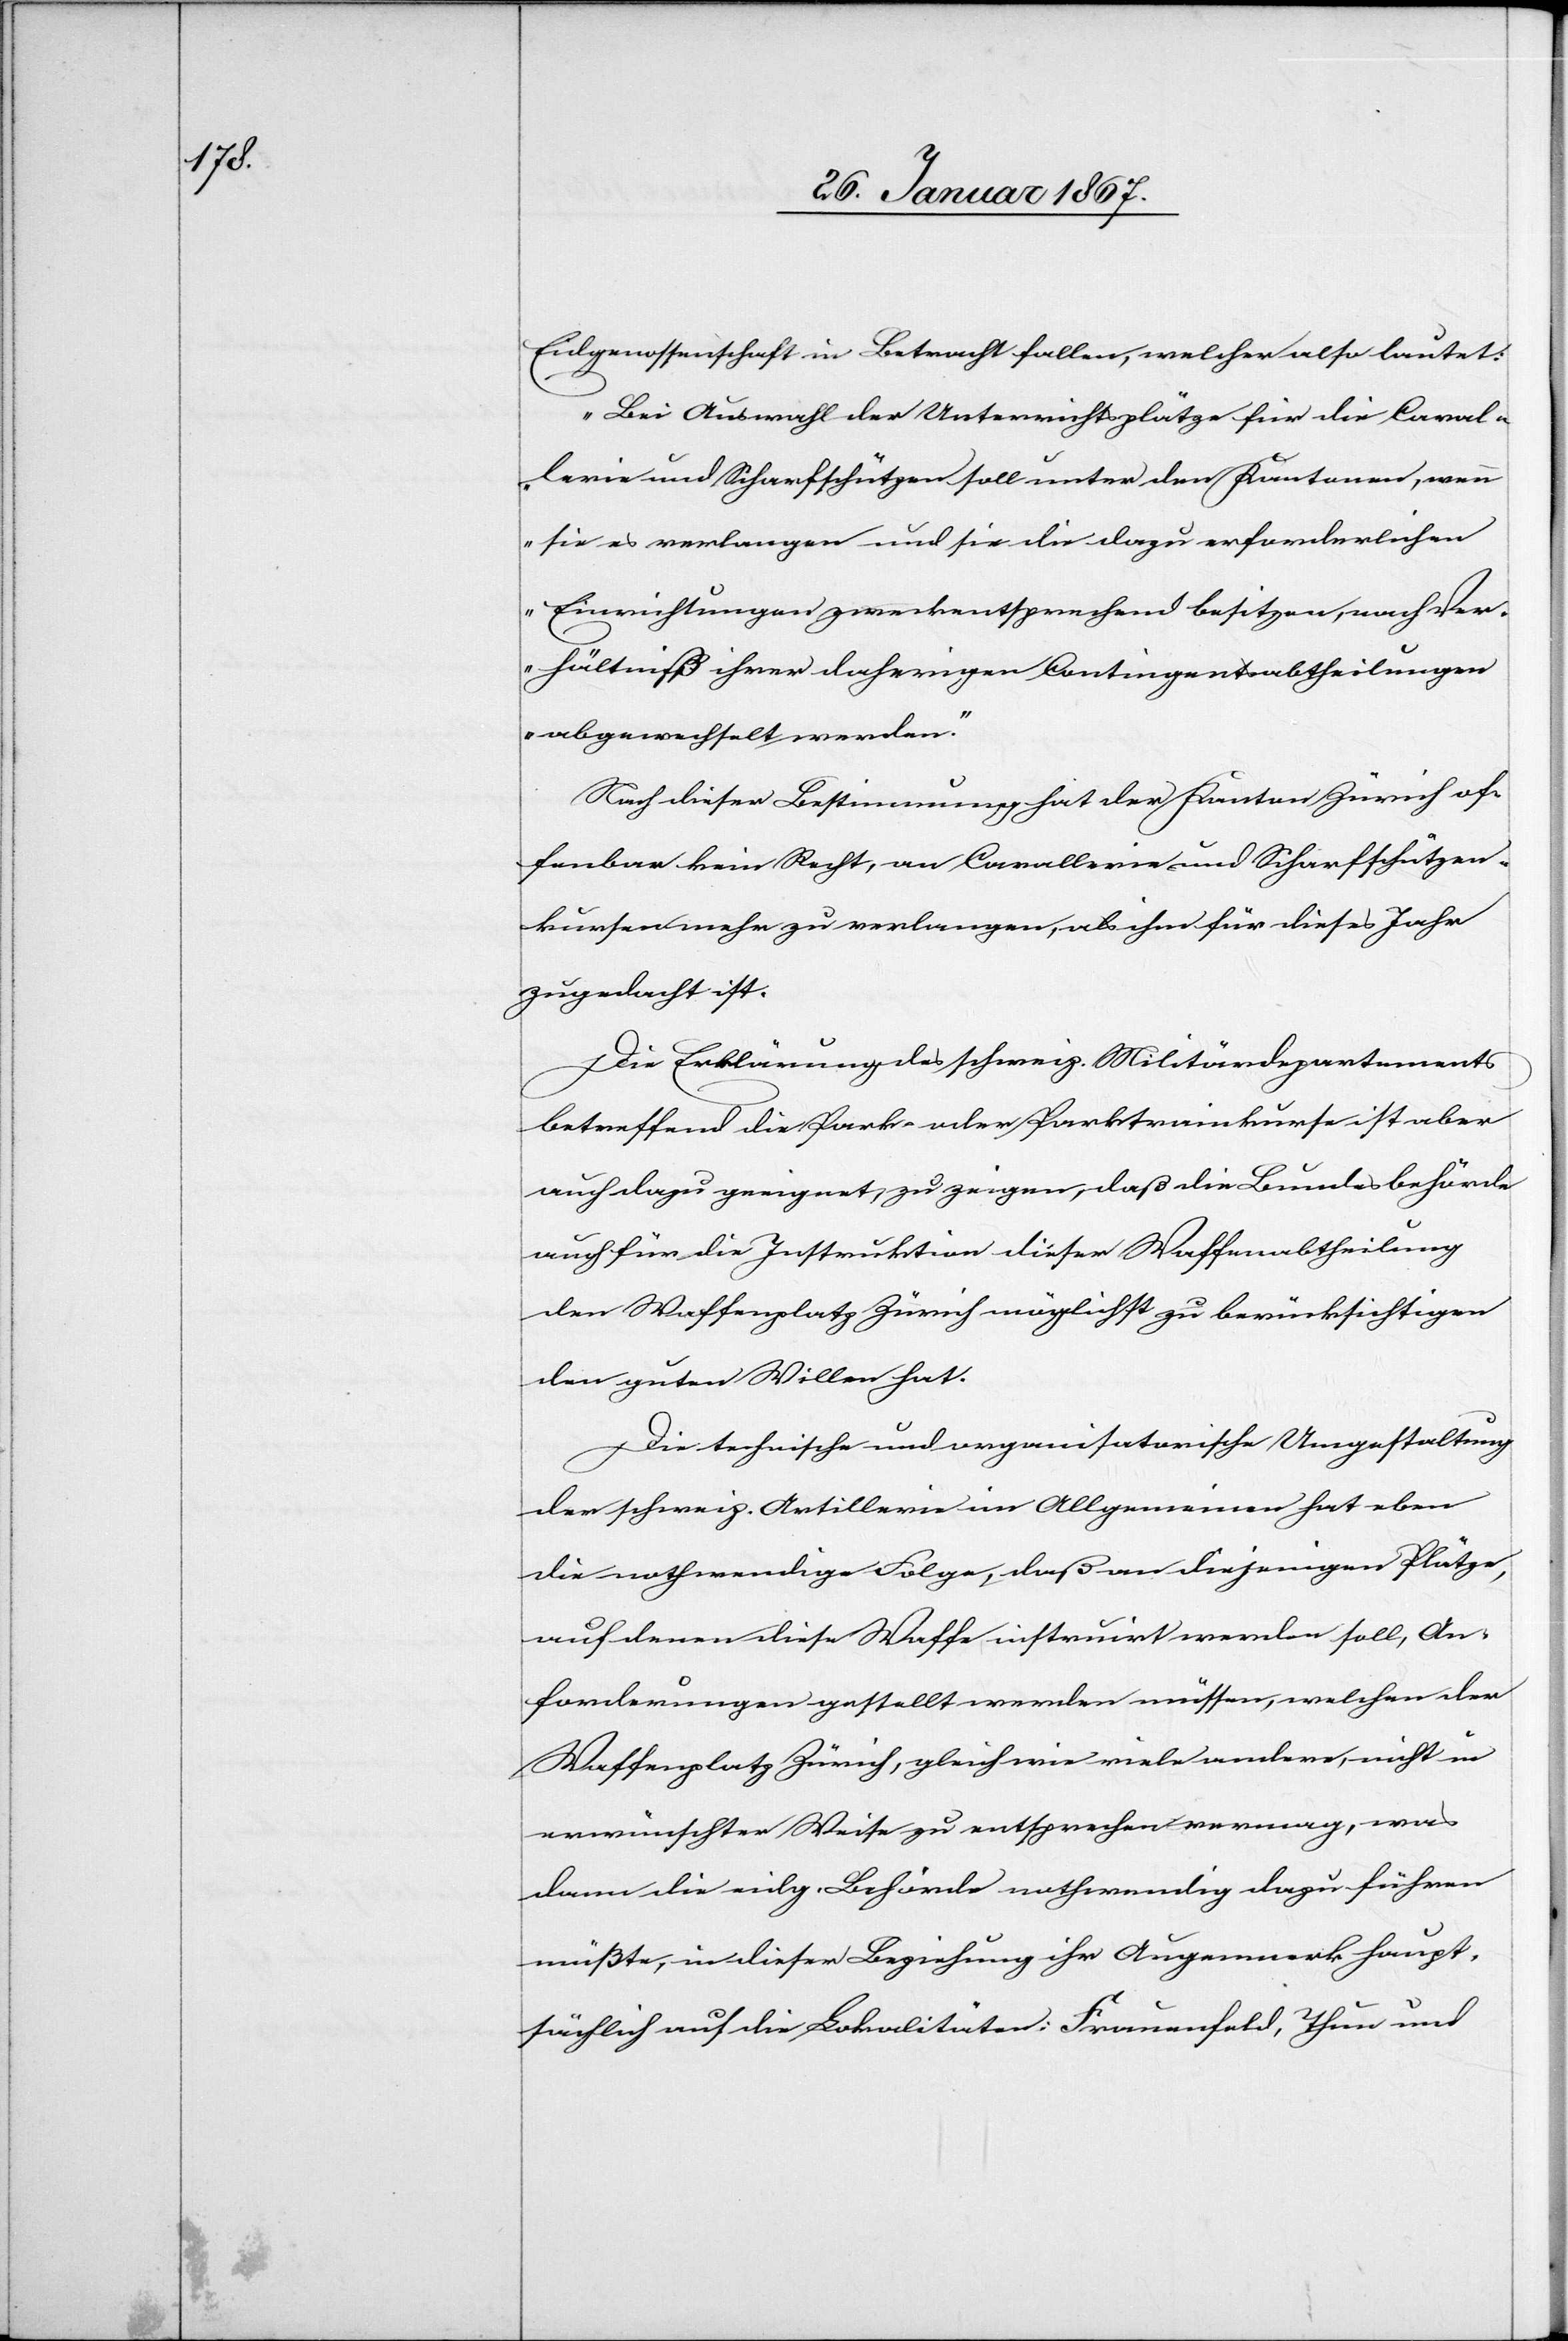
Eidgenossenschaft in Betracht fallen, welcher also lautet:
„Bei Auswahl der Unterrichtsplätze für die Caval¬
lerie und Scharfschützen soll unter den Kantonen, wenn
sie es verlangen und sie die dazu erforderlichen
Einrichtungen zweckentsprechend besitzen, nach Ver¬
hältniß ihrer daherigen Contingentsabtheilungen
abgewechselt werden.“
Nach dieser Bestimmung hat der Kanton Zürich of¬
fenbar kein Recht, an Cavallerie und Scharfschützen¬
kursen mehr zu verlangen, als ihm für dieses Jahr
zugedacht ist.
Die Erklärung des schweiz. Militärdepartements
betreffend die Park- oder Parktrainkurse ist aber
auch dazu geeignet, zu zeigen, daß die Bundesbehörde
auch für die Instruktion dieser Waffenabtheilung
den Waffenplatz Zürich möglichst zu berücksichtigen
den guten Willen hat.
Die technische und organisatorische Umgestaltung
der schweiz. Artillerie im Allgemeinen hat eben
die nothwendige Folge, daß an diejenigen Plätze,
auf denen diese Waffe instruirt werden soll, An¬
forderungen gestellt werden müssen, welchen der
Waffenplatz Zürich, gleich wie viele andere, nicht in
erwünschter Weise zu entsprechen vermag, was
dann die eidg. Behörde nothwendig dazu führen
müßte, in dieser Beziehung ihr Augenmerk haupt¬
sächlich auf die Lokalitäten: Frauenfeld, Thur und